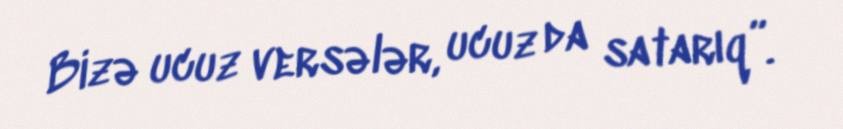
Bizə ucuz versələr, ucuz da satarıq”.